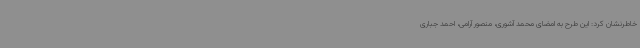
خاطرنشان کرد: این طرح به امضای محمد آشوری، منصور آرامی، احمد جباری